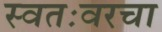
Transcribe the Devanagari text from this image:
स्वतःवरचा